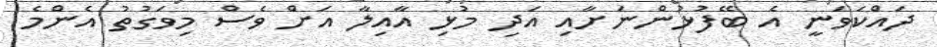
ދައްކަވަނީ އެ ބޭފުޅުންނަށާއި އަދި މުޅި އާއިލާ އަށް ވެސް މިވަގުތު އެންމެ